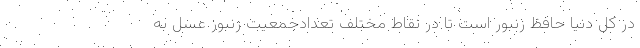
در کل دنیا حافظ زنبور است تا در نقاط مختلف تعدادجمعیت زنبور عسل به